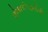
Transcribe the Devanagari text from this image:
संस्थानीपद्धतीची